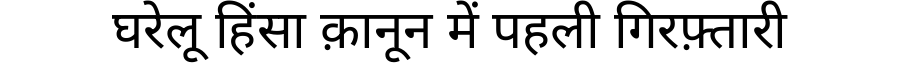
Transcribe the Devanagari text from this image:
घरेलू हिंसा क़ानून में पहली गिरफ़्तारी